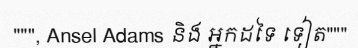
""", Ansel Adams និង អ្នកដទៃ ទៀត"""